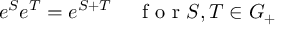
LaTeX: e ^ { S } e ^ { T } = e ^ { S + T } \textrm { } \; \; \; \textrm { f o r } S , T \in { \cal { G } } _ { + }